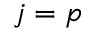
j = p